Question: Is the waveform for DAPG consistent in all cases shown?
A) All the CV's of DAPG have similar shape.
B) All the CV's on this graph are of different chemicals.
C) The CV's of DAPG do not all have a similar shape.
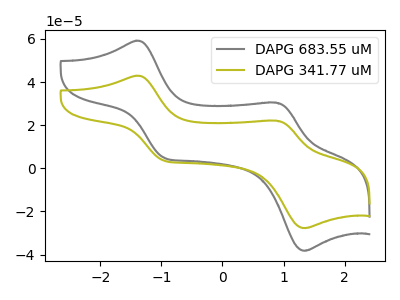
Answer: <think>The gray curve "DAPG 683.55 uM" has anodic peaks at (-1.40V, 59.20uA) (0.90V, 30.45uA) and cathodic peaks at (-0.95V, 4.85uA) (1.35V, -38.20uA). The olive curve "DAPG 341.77 uM" has anodic peaks at (-1.40V, 42.95uA) (0.90V, 22.10uA) and cathodic peaks at (-0.95V, 3.50uA) (1.35V, -27.70uA).
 All the peaks in "DAPG 683.55 uM" have a peak in "DAPG 341.77 uM" at the same potential.</think>
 <answer>A) All the CV's of "DAPG" have similar shape.</answer>
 <eval>A</eval>